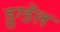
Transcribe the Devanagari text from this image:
डुग्डेल